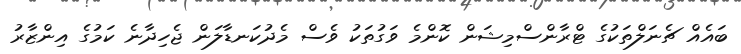
ބައެއް ޗެނަލްތަކުގެ ޓްރާންސްމިޝަން ކޮންމެ ވަގުތަކު ވެސް މެދުކަނޑާލަން ޖެހިދާނެ ކަމުގެ އިންޒާރު